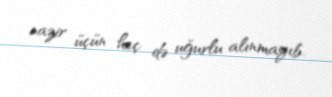
nazir üçün heç də uğurlu alınmayıb.